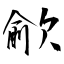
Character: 歈